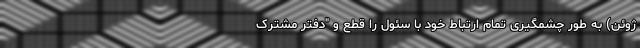
ژوئن) به طور چشمگیری تمام ارتباط خود با سئول را قطع و "دفتر مشترک